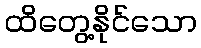
ထိတွေ့နိုင်သော